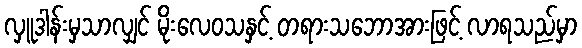
လှူဒါန်းမှသာလျှင် မိုးလေဝသနှင့် တရားသဘောအားဖြင့် လာရသည်မှာ